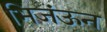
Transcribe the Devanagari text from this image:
भिजंऊन